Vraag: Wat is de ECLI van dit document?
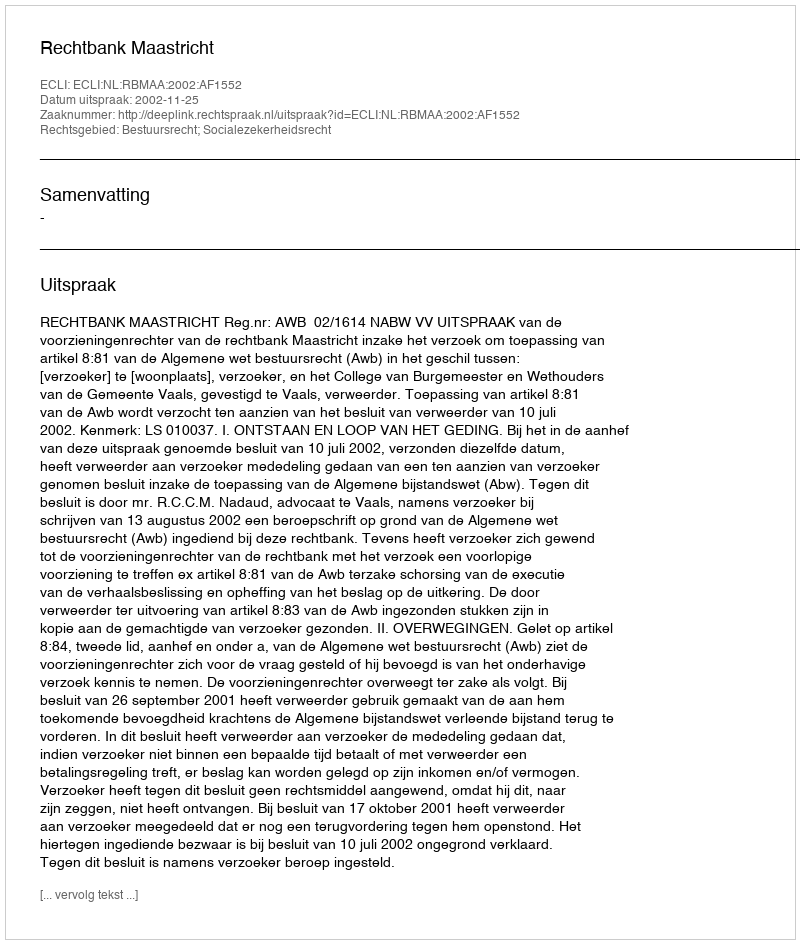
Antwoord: ECLI:NL:RBMAA:2002:AF1552